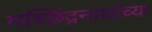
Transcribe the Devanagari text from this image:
मच्छिंद्रनाथांच्या